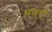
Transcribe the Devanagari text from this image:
मजरो